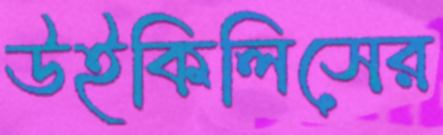
উইকিলিসের